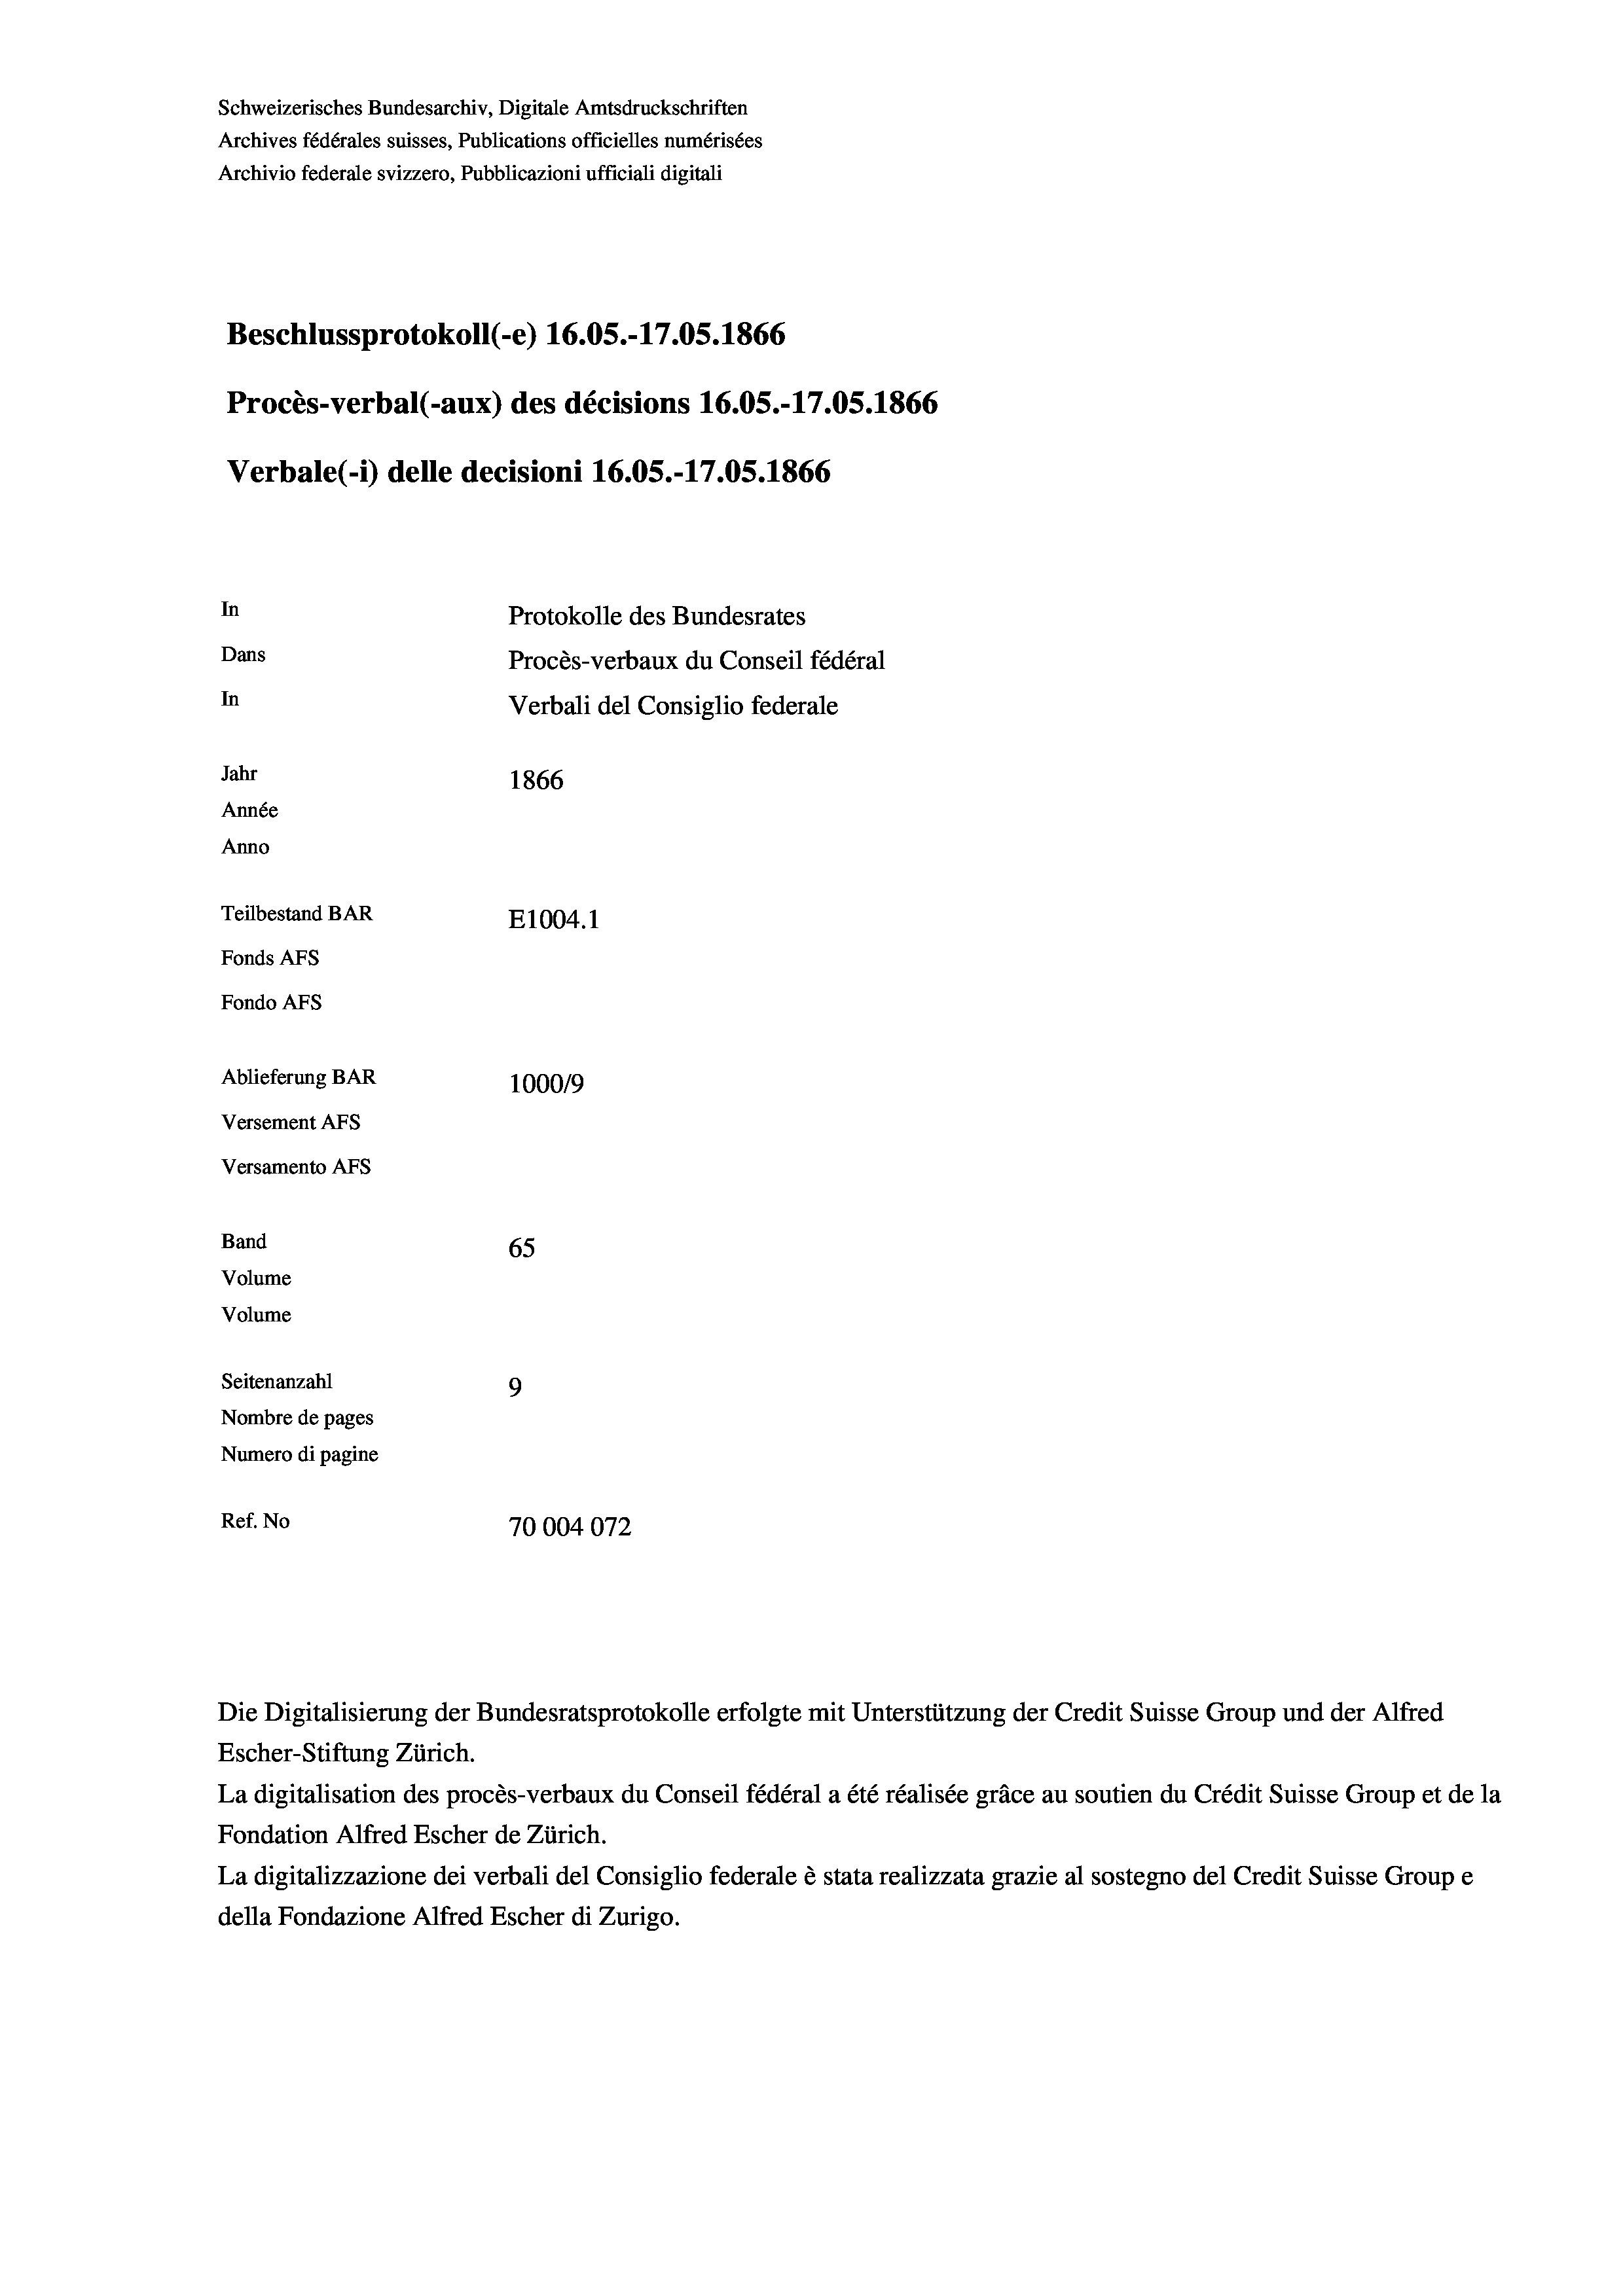
In
Protokolle des Bundesrates
Dans
Procès-verbaux du Conseil fédéral
In
Verbali del Consiglio federale
Jahr
1866
Année
Anno
Teilbestand BAR
E1004. 1
Fonds AFs
Fondo Afs

Schweizerisches Bundesarchiv, Digitale Amtsdruckschriften
Archives fédérales suisses, Publications officielles numérisées
Archivio federale svizzero, Pubblicazioni ufficiali digitali

Beschlussprotokoll (-e) 16.05.-17.05. 1866

Ablieferung BAR
Versement AFs
Versamento Afs
Band
65
Volume
Volume
Seitenanzahl
9

Procès-verbal (-aux) des décisions 16.05.-17.05. 1866
Verbale (i) delle decisioni 16.05.-17.05. 1866

100019
Nombre de pages
Numero di pagine
Ref. No
70004072

Escher-Stiftung Zürich.
La digitalisation des procès-verbaux du Conseil fédéral a été réalisée gräce au soutien du Crédit Suisse Group et de la
Fondation Alfred Escher de Zürich.
La digitalizzazione dei verbali del Consiglio federale è stata realizzata grazie al sostegno del Credit Suisse Groupe
della Fondazione Alfred Escher di Zurigo.

Die Digitalisierung der Bundesratsprotokolle erfolgte mit Unterstützung der Credit Suisse Group und der Alfred